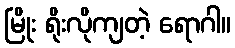
မြိုး ရိုးလိုကျတဲ့ ရောဂါ။